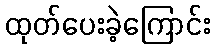
ထုတ်ပေးခဲ့ကြောင်း